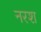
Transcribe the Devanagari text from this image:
नरश